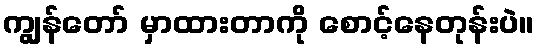
ကျွန်တော် မှာထားတာကို စောင့်နေတုန်းပဲ။